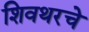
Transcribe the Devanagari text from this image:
शिवथरचे